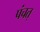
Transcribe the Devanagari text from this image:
पंचत्‌